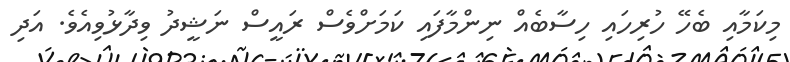
މިކަމާއި ބެހޭ ހުރިހައި ހިސާބެއް ނިންމާފައި ކަމަށްވެސް ރައީސް ނަޝީދު ވިދާޅުވިއެވެ. އަދި